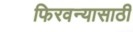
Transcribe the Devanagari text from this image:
फिरवन्यासाठी